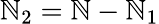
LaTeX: \mathbb{N}_{2}=\mathbb{N}-\mathbb{N}_{1}